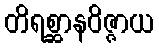
တိရစ္ဆာနဝိဇ္ဇာယ